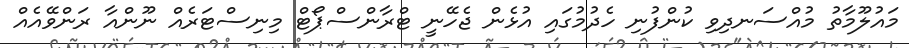
މައުލޫމާތު މުއްސަނދިވި ކުންފުނި ހެދުމުގައި އުޅެން ޖެހޭނީ ޓްރާންސްޕޯޓް މިނިސްޓަރެއް ނޫންއާ ރަންވޭއެއް